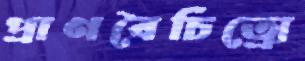
প্রাণবৈচিত্র্যে